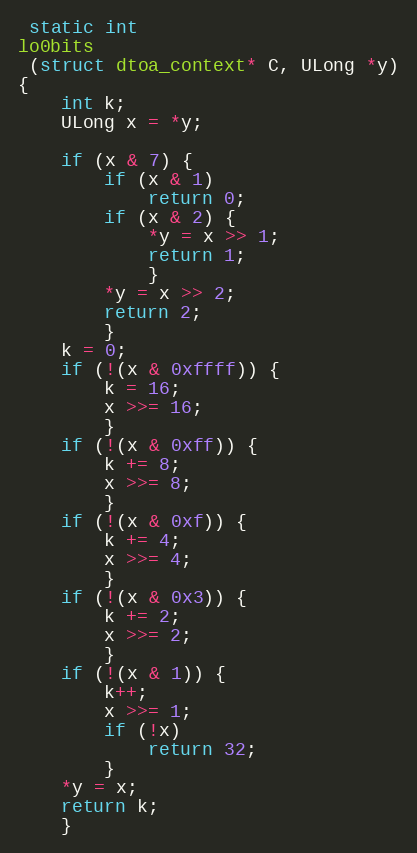
Language: C
 static int
lo0bits
 (struct dtoa_context* C, ULong *y)
{
	int k;
	ULong x = *y;

	if (x & 7) {
		if (x & 1)
			return 0;
		if (x & 2) {
			*y = x >> 1;
			return 1;
			}
		*y = x >> 2;
		return 2;
		}
	k = 0;
	if (!(x & 0xffff)) {
		k = 16;
		x >>= 16;
		}
	if (!(x & 0xff)) {
		k += 8;
		x >>= 8;
		}
	if (!(x & 0xf)) {
		k += 4;
		x >>= 4;
		}
	if (!(x & 0x3)) {
		k += 2;
		x >>= 2;
		}
	if (!(x & 1)) {
		k++;
		x >>= 1;
		if (!x)
			return 32;
		}
	*y = x;
	return k;
	}